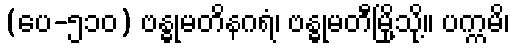
(ပေ-၅၁၀) ဗန္ဓုမတိနဂရံ၊ ဗန္ဓုမတီမြို့သို့။ ပက္ကမိ၊